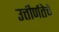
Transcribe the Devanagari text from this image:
उत्तीर्णतेचे